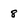
Character: 8